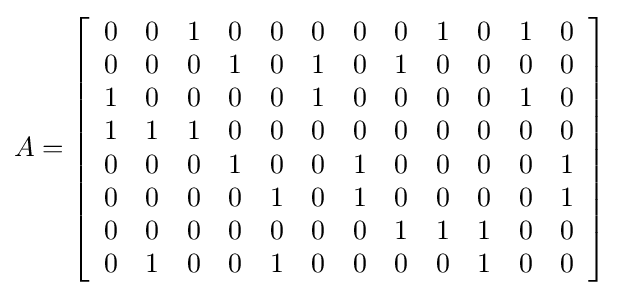
A=\left[{\begin{array}{c c c c c c c c c c c c}0&0&1&0&0&0&0&0&1&0&1&0\\0&0&0&1&0&1&0&1&0&0&0&0\\1&0&0&0&0&1&0&0&0&0&1&0\\1&1&1&0&0&0&0&0&0&0&0&0\\0&0&0&1&0&0&1&0&0&0&0&1\\0&0&0&0&1&0&1&0&0&0&0&1\\0&0&0&0&0&0&0&1&1&1&0&0\\0&1&0&0&1&0&0&0&0&1&0&0\end{array}}\right]